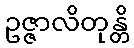
ဥဇ္ဇာလိတုန္တိ